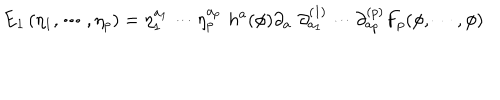
LaTeX: \mathrm { E } _ { 1 } \left( \eta _ { 1 } , \cdots , \eta _ { p } \right) = \eta _ { 1 } ^ { a _ { 1 } } \cdots \eta _ { p } ^ { a _ { p } } \, \, h ^ { a } ( \phi ) \partial _ { a } \, \, \partial _ { a _ { 1 } } ^ { ( 1 ) } \cdots \partial _ { a _ { p } } ^ { ( p ) } F _ { p } ( \phi , \cdots , \phi )